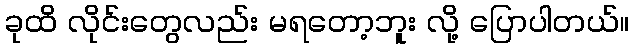
ခုထိ လိုင်းတွေလည်း မရတော့ဘူး လို့ ပြောပါတယ်။